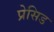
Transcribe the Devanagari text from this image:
प्रेसिड